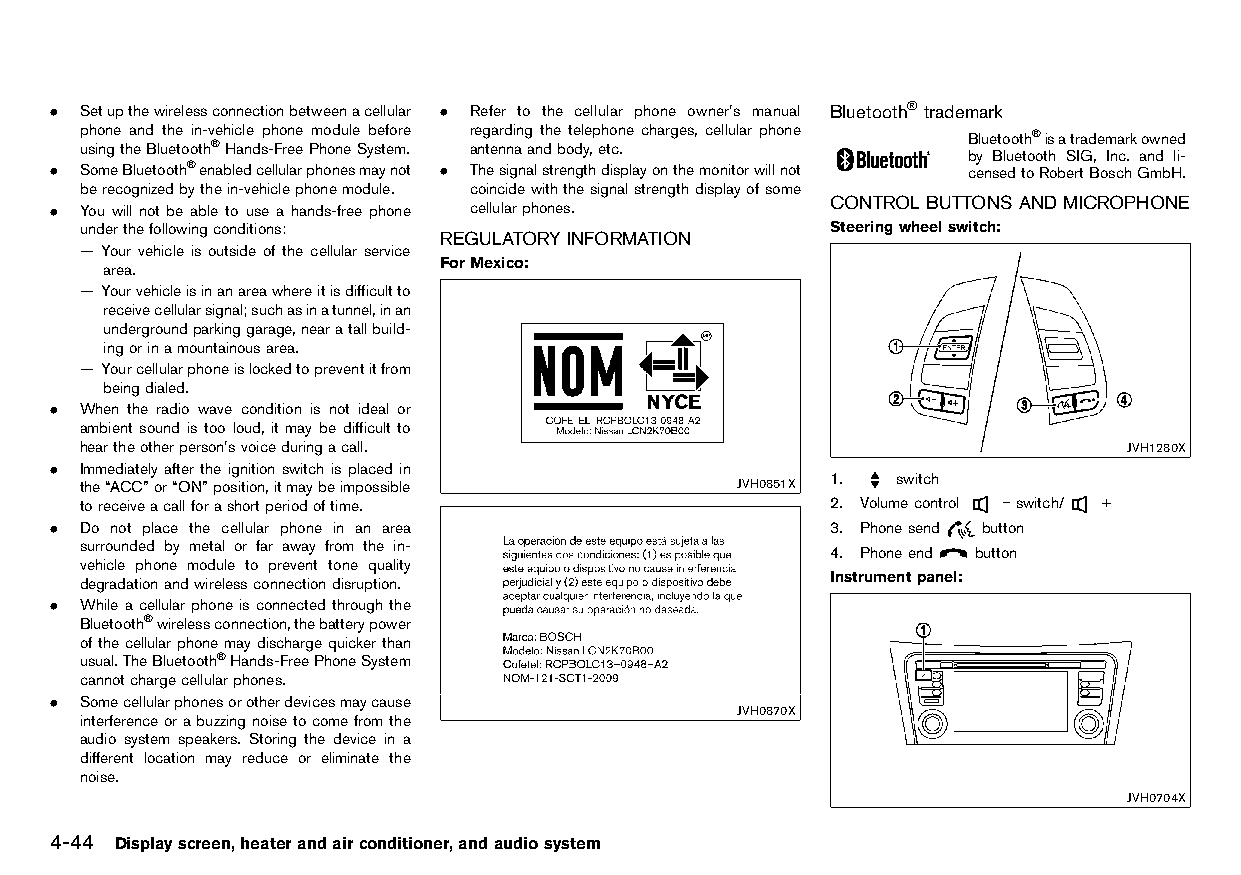
(176,1)
 . Setupthewirelessconnectionbetweenacellular . Refer to the cellular phone owner’s manual Bluetooth®trademark
 phone and the in-vehicle phone module before regarding the telephone charges, cellular phone HT32A1-884D6E69-9366-4D71-A379-39B7F166B7D9
 Bluetooth®isatrademarkowned
 usingtheBluetooth®Hands-FreePhoneSystem. antennaandbody,etc.
 by Bluetooth SIG, Inc. and li-
 . SomeBluetooth®enabledcellularphonesmaynot . Thesignalstrengthdisplayonthemonitorwillnot censedtoRobertBoschGmbH.
 berecognizedbythein-vehiclephonemodule. coincidewiththesignalstrengthdisplayofsome
 CONTROL BUTTONS AND MICROPHONE
 . You will not be able to use a hands-free phone cellularphones. HT32A1-8926D41B-2E59-4B5D-AC16-632E32E1D9D4
 underthefollowingconditions:                      Steeringwheelswitch:
 REGULATORY INFORMATION
 — Your vehicle is outside of the cellular service HT32A1-0CF44482-51A1-45F2-A7BD-66E4388266EE
 ForMexico:
 area.
 — Yourvehicleisinanareawhereitisdifficultto
 receivecellularsignal;suchasinatunnel,inan
 undergroundparkinggarage,nearatallbuild-
 ingorinamountainousarea.
 — Yourcellularphoneislockedtopreventitfrom
 beingdialed.
 . When the radio wave condition is not ideal or
 ambient sound is too loud, it may be difficult to
 heartheotherperson’svoiceduringacall.                                JVH1280X
 . Immediately after the ignition switch is placed in
 1.  switch
 the“ACC”or“ON”position,itmaybeimpossible    JVH0851X
 toreceiveacallforashortperiodoftime.              2. Volumecontrol −switch/ +
 . Do not place the cellular phone in an area        3. Phonesend button
 surrounded by metal or far away from the in-      4. Phoneend button
 vehicle phone module to prevent tone quality
 Instrumentpanel:
 degradationandwirelessconnectiondisruption.
 . Whileacellular phone isconnected through the
 Bluetooth®wirelessconnection,thebatterypower
 ofthecellularphonemaydischargequickerthan
 usual.TheBluetooth®Hands-FreePhoneSystem
 cannotchargecellularphones.
 . Somecellularphonesorotherdevicesmaycause
 JVH0870X
 interferenceorabuzzingnoisetocomefromthe
 audio system speakers. Storing the device in a
 different location may reduce or eliminate the
 noise.
 JVH0704X
 4-44 Displayscreen,heaterandairconditioner,andaudiosystem
 Condition:                        [Edit:2015/8/24 Model: HT32-A]